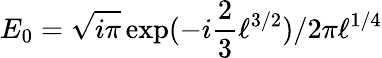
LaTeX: E_{0}=\sqrt{i\pi}\exp(-i\frac{2}{3}\ell^{3/2})/2\pi\ell^{1/4}